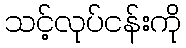
သင့်လုပ်ငန်းကို